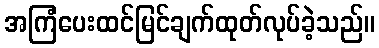
အကြံပေးထင်မြင်ချက်ထုတ်လုပ်ခဲ့သည်။